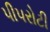
પીપરોટી